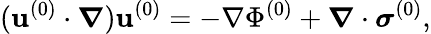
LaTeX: (\mathbf{u}^{(0)}\cdot\boldsymbol\nabla)\mathbf{u}^{(0)}=-\mathbf{\nabla}\Phi^{(0)}+\boldsymbol{\nabla}\cdot\boldsymbol\sigma^{(0)},